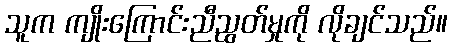
သူက ကျိုးကြောင်းညီညွတ်မှုကို လိုချင်သည်။